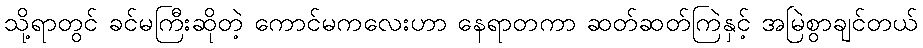
သို့ရာတွင် ခင်မကြီးဆိုတဲ့ ကောင်မကလေးဟာ နေရာတကာ ဆတ်ဆတ်ကြဲနှင့် အမြဲစွာချင်တယ်